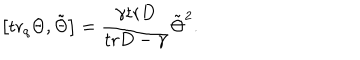
\left[ \mathrm { t r } _ { q } \Theta , \tilde { \Theta } \right] = \frac { \gamma \mathrm { t r } D } { \mathrm { t r } D - \gamma } \tilde { \Theta } ^ { 2 } .